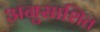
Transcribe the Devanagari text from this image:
अनुसाशित